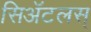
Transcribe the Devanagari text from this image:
सिॲटलस्